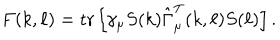
F ( k , \ell ) = \mathrm { t r } \left[ \gamma _ { \mu } S ( k ) \hat { \Gamma } _ { \mu } ^ { \mathrm { T } } ( k , \ell ) S ( \ell ) \right] .